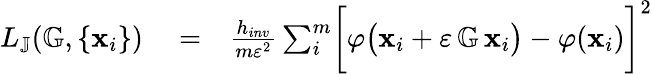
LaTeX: \begin{array}{rlr}{L_{\mathbb{J}}(\mathbb{G},\{ \mathbf{x}_{i}\} )}&{{}=}&{\frac{h_{inv}}{m\varepsilon^{2}}\sum_{i}^{m}\biggl[\varphi\bigl(\mathbf{x}_{i}+\varepsilon\, \mathbb{G}\, \mathbf{x}_{i}\bigr)-\varphi(\mathbf{x}_{i})\biggr]^{2}}\end{array}